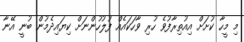
މި މީހާ ކުށަށް އިއުތިރާފުވެ ހުރި ވާހަކައެއް ފުލުހުންނަށް ކިޔައިދެމުން ބުނީ އޭނާ